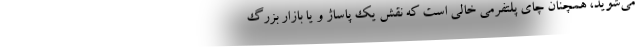
می‌شوید، همچنان چای پلتفرمی خالی است که نقش یک پاساژ و یا بازار بزرگ